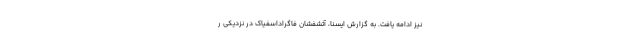
نیز ادامه یافت. به گزارش ایسنا،‌ آتشفشان فاگراداسفیاک در نزدیکی ر